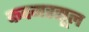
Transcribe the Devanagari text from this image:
कदमरसूल